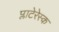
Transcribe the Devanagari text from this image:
प्लाटेरेस्क